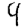
Digit: 4